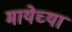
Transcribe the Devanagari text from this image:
मायेच्या